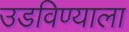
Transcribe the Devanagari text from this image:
उडविण्याला